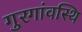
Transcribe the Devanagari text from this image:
गुरगांवस्थि